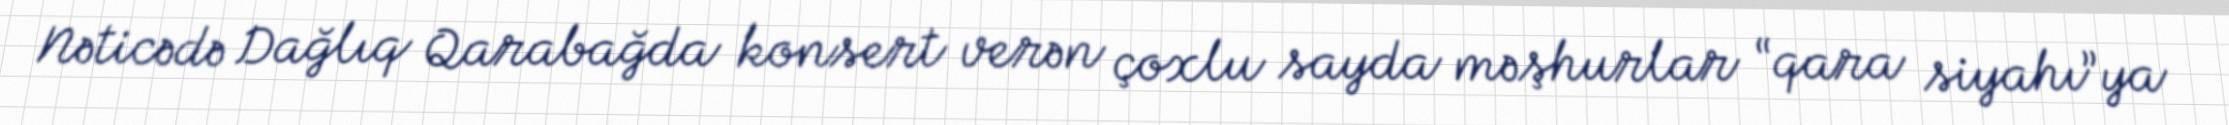
Nəticədə Dağlıq Qarabağda konsert verən çoxlu sayda məşhurlar “qara siyahı”ya